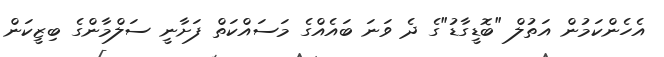
އެހެންކަމުން އަތުލް "ބޮޑީގާޑު"ގެ ދެ ވަނަ ބައެއްގެ މަސައްކަތް ފަށާނީ ސަލްމާންގެ ބިޒީކަން